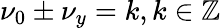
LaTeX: \nu_{0}\pm\nu_{y}=k,k\in\mathbb{Z}